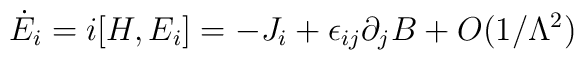
\dot E_i=i[H,E_i]=-J_i+\epsilon_{ij}\partial_j B+O(1/\Lambda^2)